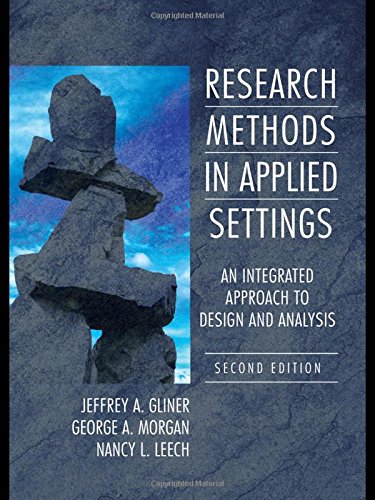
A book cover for Research Methods in Applied Settings: An Integrated Approach to Design and Analysis, Second Edition; Jeffrey A. Gliner; Medical Books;